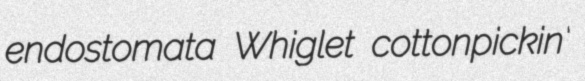
endostomata Whiglet cottonpickin'